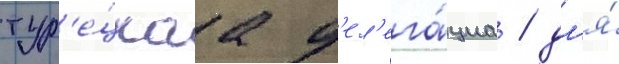
тур'е́цкаа д'ел'ега́циа / дл'я́